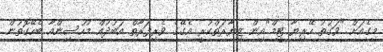
މިގެއަށް "ވަގުތު ހޭރިޔާ ޓީމް"އިން ޒިޔާރަތްކުރީ އެގޭގެ ވެރިފަރާތް އަބުދުއް މުހުސިންއާ ބެހޭގޮތުން